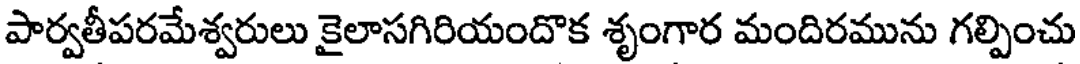
పార్వతీపరమేశ్వరులు కైలాసగిరియందొక శృంగార మందిరమును గల్పించు